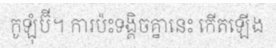
កូឡុំប៊ី។ ការប៉ះទង្គិចគ្នានេះ កើតឡើង